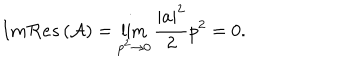
LaTeX: I m { \cal R } e s \left( { \cal A } \right) = \lim _ { p ^ { 2 } \rightarrow 0 } \frac { \left| a \right| ^ { 2 } } { 2 } p ^ { 2 } = 0 .